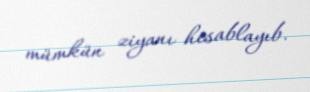
mümkün ziyanı hesablayıb.